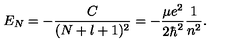
E _ { N } = - \frac { C } { ( N + l + 1 ) ^ { 2 } } = - \frac { \mu e ^ { 2 } } { 2 \hbar ^ { 2 } } \frac { 1 } { n ^ { 2 } } .